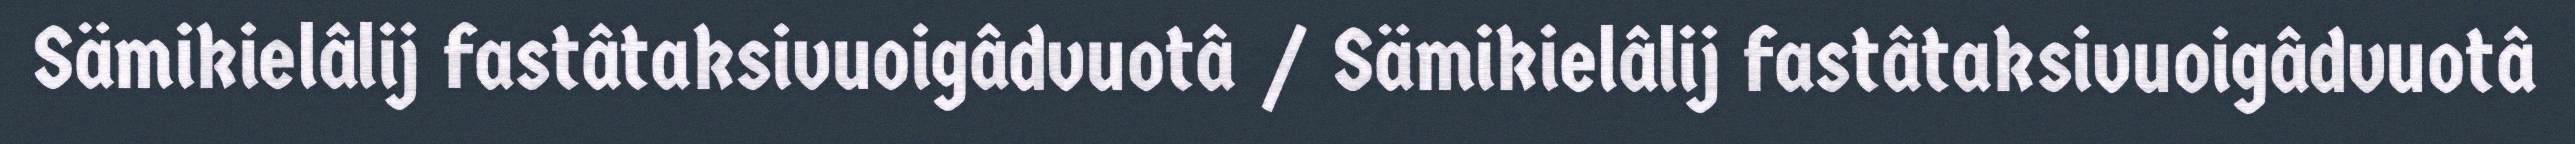
Sämikielâlij fastâtaksivuoigâdvuotâ / Sämikielâlij fastâtaksivuoigâdvuotâ